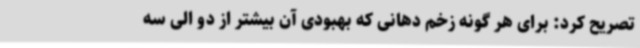
تصریح کرد: برای هر گونه زخم دهانی که بهبودی آن بیشتر از دو الی سه